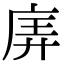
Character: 㢅